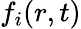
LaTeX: f_{i}(r,t)